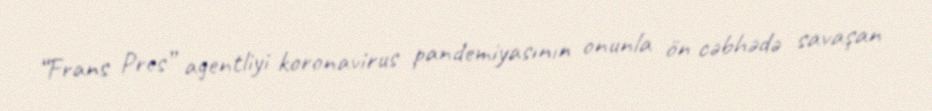
“Frans Pres” agentliyi koronavirus pandemiyasının onunla ön cəbhədə savaşan